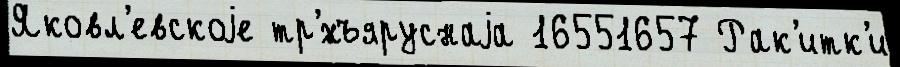
Яковл'евскоjе тр'́хъяруснаjа 16551657 Рак'итк'и